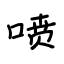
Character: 喷